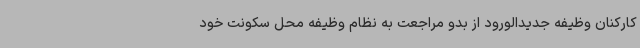
کارکنان وظیفه جدیدالورود از بدو مراجعت به نظام وظیفه محل سکونت خود